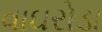
વાઘરોડા